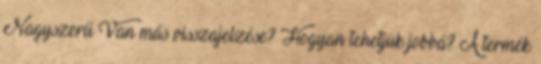
Nagyszerű Van más visszajelzése? Hogyan tehetjük jobbá? A termék